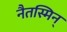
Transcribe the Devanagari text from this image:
नैतस्मिन्